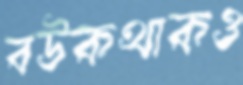
বউকথাকও